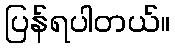
ပြန်ရပါတယ်။